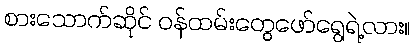
စားသောက်ဆိုင် ဝန်ထမ်းတွေဖော်ရွေရဲ့လား။